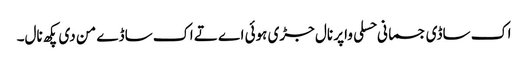
اک ساڈی جسمانی حسلی واپر نال جڑی ہوئی اے تے اک ساڈے من دی پکھ نال۔